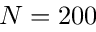
N = 2 0 0